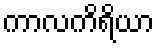
ကာလကိရိယာ